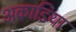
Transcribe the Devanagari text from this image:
अकाडिया